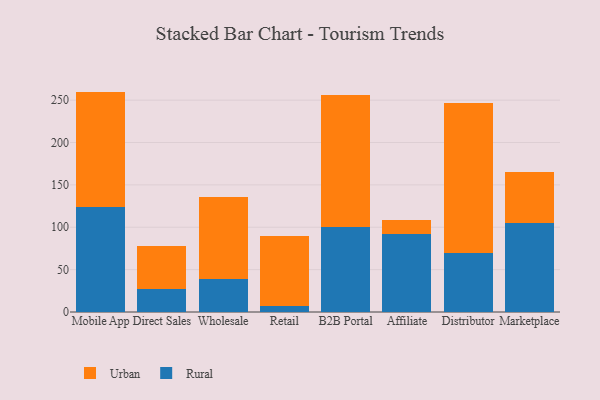
{"axis": {"x": "Channel", "y": "Website Visitors"}, "legend": ["Rural", "Urban"], "data": [{"x": "Mobile App", "y": 124.0, "type": "Rural"}, {"x": "Mobile App", "y": 136.1, "type": "Urban"}, {"x": "Direct Sales", "y": 27.2, "type": "Rural"}, {"x": "Direct Sales", "y": 50.7, "type": "Urban"}, {"x": "Wholesale", "y": 39.1, "type": "Rural"}, {"x": "Wholesale", "y": 96.4, "type": "Urban"}, {"x": "Retail", "y": 7.1, "type": "Rural"}, {"x": "Retail", "y": 82.9, "type": "Urban"}, {"x": "B2B Portal", "y": 100.4, "type": "Rural"}, {"x": "B2B Portal", "y": 155.3, "type": "Urban"}, {"x": "Affiliate", "y": 92.4, "type": "Rural"}, {"x": "Affiliate", "y": 16.6, "type": "Urban"}, {"x": "Distributor", "y": 69.7, "type": "Rural"}, {"x": "Distributor", "y": 177.5, "type": "Urban"}, {"x": "Marketplace", "y": 104.9, "type": "Rural"}, {"x": "Marketplace", "y": 60.7, "type": "Urban"}]}